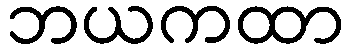
ဘယကထာ